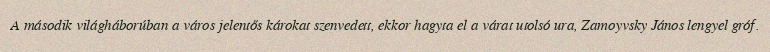
A második világháborúban a város jelentős károkat szenvedett, ekkor hagyta el a várat utolsó ura, Zamoyvsky János lengyel gróf.